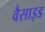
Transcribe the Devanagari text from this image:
वैसाइड